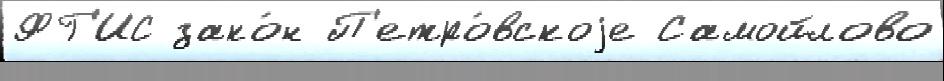
ФГ'ИС зако́н П'етро́вскоjе Самойлово